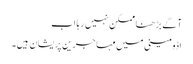
آگے بڑھنا ممکن نہیں رہا اب
اڈومینی میں مہاجرین پریشان ہیں۔